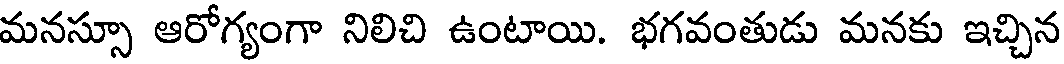
మనస్సూ ఆరోగ్యంగా నిలిచి ఉంటాయి. భగవంతుడు మనకు ఇచ్చిన